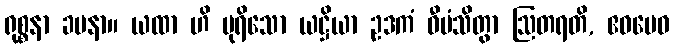
ရုစ္စနာ ခမနာ။ ယထာ ဟိ ပုရိသော ယဋ္ဌိယာ ဥဒကံ ဝီမံသိတွာ ဩတရတိ, ဧဝမေဝ